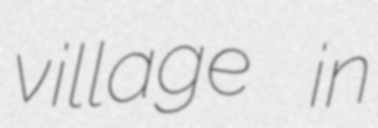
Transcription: village in